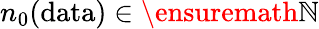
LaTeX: n_{0}(\mathrm{data})\in\ensuremath{\mathbb{N}}